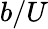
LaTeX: b/U